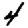
Digit: 4